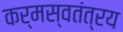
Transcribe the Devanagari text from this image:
कर्मस्वतंत्रय